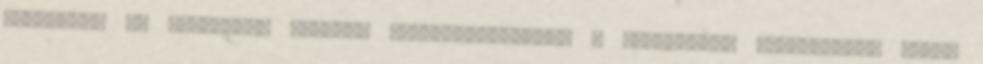
világhoz, és akaratunk szerint megváltoztatjuk. A legnagyobb boldogságot pedig